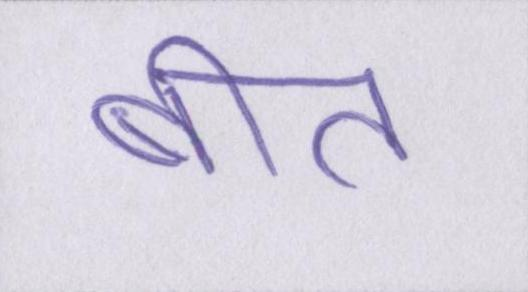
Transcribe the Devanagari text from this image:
बीत